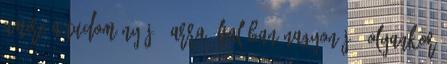
amire a tudomány jó, arra általában nagyon jó, olyankor